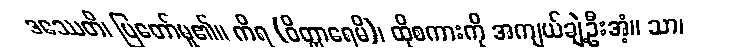
ဒဿေတိ၊ ပြတော်မူ၏။ ကိရ (ဝိတ္ထာရေမိ)၊ ထိုစကားကို အကျယ်ချဲ့ဦးအံ့။ သာ၊